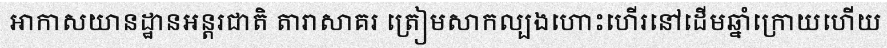
អាកាសយានដ្ឋានអន្តរជាតិ តារាសាគរ ត្រៀមសាកល្បងហោះហើរនៅដើមឆ្នាំក្រោយហើយ